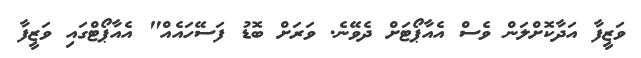
ވަޒީފާ އަދާކޮށްލަން ވެސް އެއާޕޯޓަށް ދެވޭނެ. ވަރަށް ބޮޑު ފަސޭހައެއް" އެއާޕޯޓްގައި ވަޒީފާ